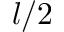
l / 2